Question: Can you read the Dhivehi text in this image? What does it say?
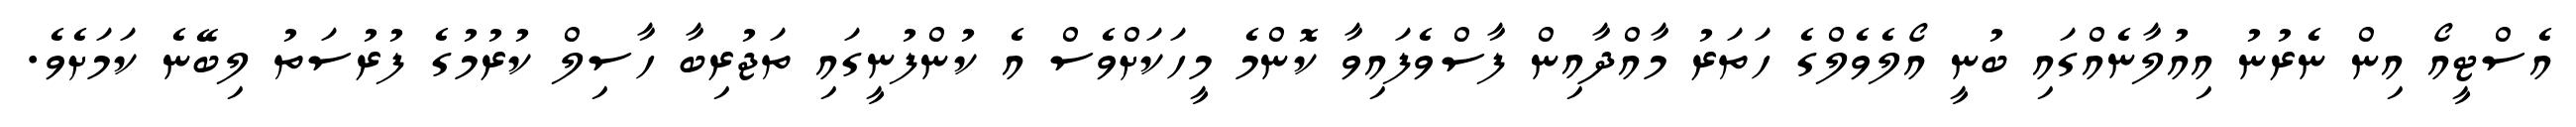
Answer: އެސްޓީއޯ އިން ނެރުނު އިއުލާނެއްގައި ބުނީ އޯލެވެލްގެ ހަތަރު މާއްދާއިން ފާސްވެފައިވާ ކޮންމެ މީހަކަށްވެސް އެ ކުންފުނީގައި ތަޖުރިބާ ހާސިލް ކުރުމުގެ ފުރުސަތު ލިބޭނެ ކަމަށެވެ.